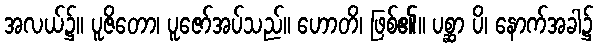
အလယ်၌။ ပူဇိတော၊ ပူဇော်အပ်သည်။ ဟောတိ၊ ဖြစ်၏။ ပစ္ဆာ ပိ၊ နောက်အခါ၌